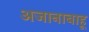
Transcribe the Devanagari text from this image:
अजानाबाहू